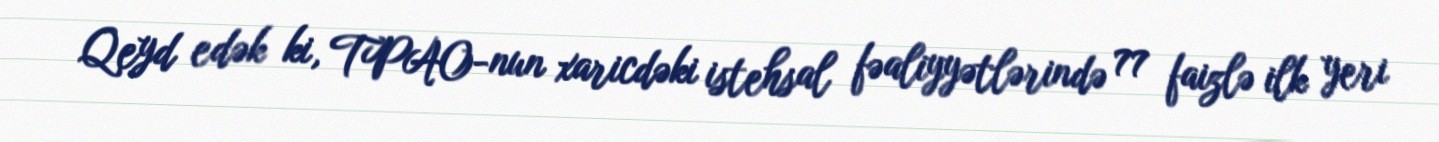
Qeyd edək ki, TPAO-nun xaricdəki istehsal fəaliyyətlərində 77 faizlə ilk yeri